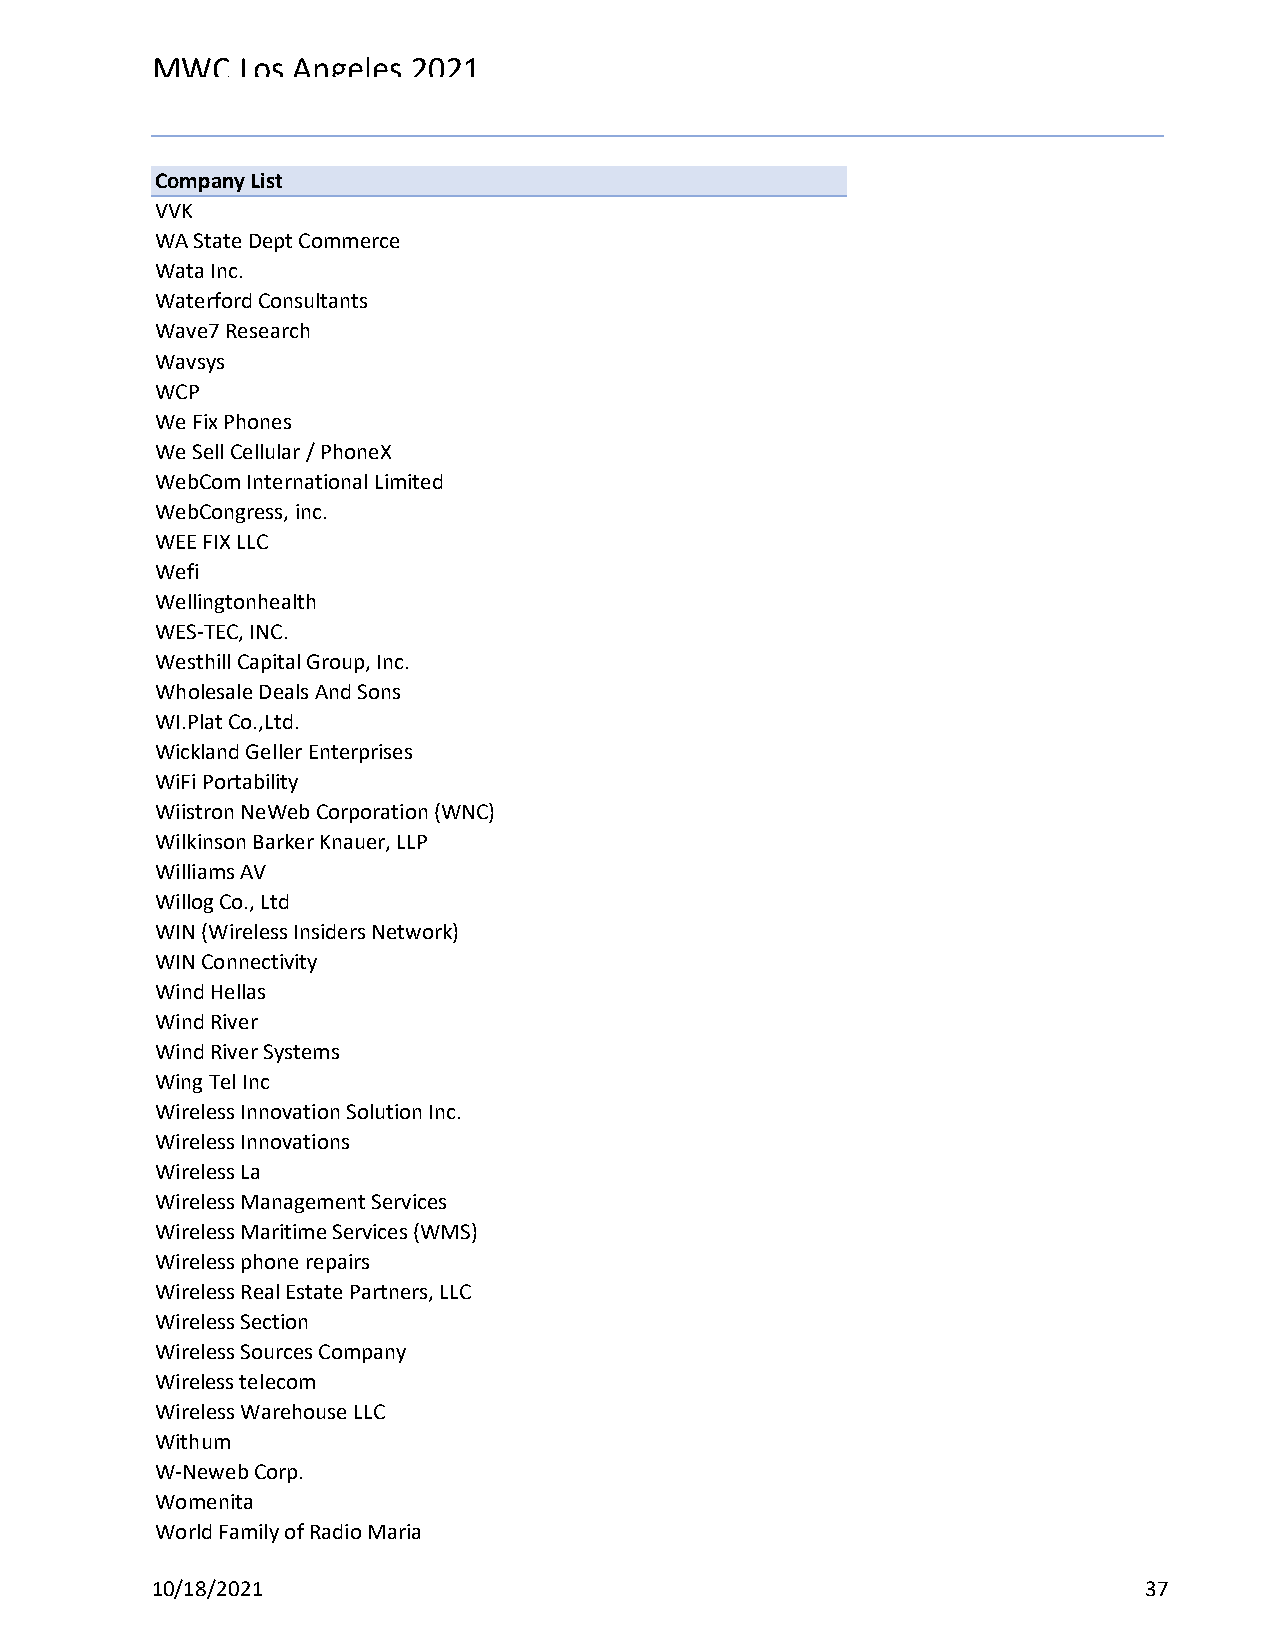
MWC   Los Angeles 2021
 Reg Status                                    Registration Complete
 Code Description                              (Multiple Items)
 Company List
 VVK
 WA State Dept Commerce
 Wata Inc.
 Waterford Consultants
 Wave7 Research
 Wavsys
 WCP
 We Fix Phones
 We Sell Cellular / PhoneX
 WebCom International Limited
 WebCongress, inc.
 WEE FIX LLC
 Wefi
 Wellingtonhealth
 WES-TEC, INC.
 Westhill Capital Group, Inc.
 Wholesale Deals And Sons
 WI.Plat Co.,Ltd.
 Wickland Geller Enterprises
 WiFi Portability
 Wiistron NeWeb Corporation (WNC)
 Wilkinson Barker Knauer, LLP
 Williams AV
 Willog Co., Ltd
 WIN (Wireless Insiders Network)
 WIN Connectivity
 Wind Hellas
 Wind River
 Wind River Systems
 Wing Tel Inc
 Wireless Innovation Solution Inc.
 Wireless Innovations
 Wireless La
 Wireless Management Services
 Wireless Maritime Services (WMS)
 Wireless phone repairs
 Wireless Real Estate Partners, LLC
 Wireless Section
 Wireless Sources Company
 Wireless telecom
 Wireless Warehouse LLC
 Withum
 W-Neweb Corp.
 Womenita
 World Family of Radio Maria
 10/18/2021                                                        37